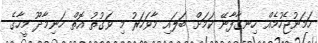
ހަމަނުޖެހުމެއް ހިނގާފާނޭ ކަމަށް ބަލައި މާވަހަރު މި ވަގުތު އޮތް ހަނިމާދޫ މީހާގެ